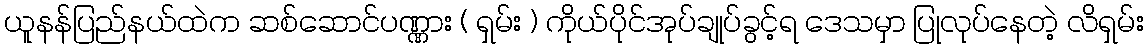
ယူနန်ပြည်နယ်ထဲက ဆစ်ဆောင်ပဏ္ဏား ( ရှမ်း ) ကိုယ်ပိုင်အုပ်ချုပ်ခွင့်ရ ဒေသမှာ ပြုလုပ်နေတဲ့ လိရှမ်း